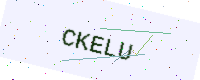
Text: CKELU